Medical and sanitary report of the native army of Bengal for the year
Year: 1875
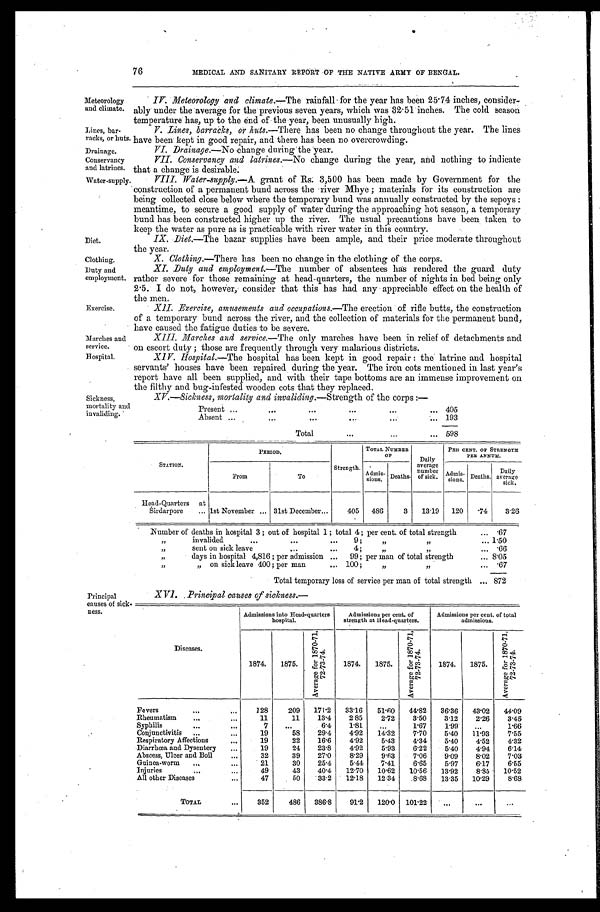
Meteorology
and climate.
Lines, bar
-
racks, or huts.
Drainage.
Conservancy
and latrines.
Water-supply.
Diet.
Clothing.
Duty and
employment.
Exercise.
Marches and
service.
Hospital.
XV.—Sickness, mortality and invaliding.— Strength of the corps:—
Present
.
.
.
405
Absent
.
.
. 193
Total . . . 598
Sickness,
mortality and
invaliding.
76
MEDICAL AND SANITARY REPORT OF THE NATIVE ARMY OF BENGAL.
IV. Meteorology and climate.— The rainfall for the year has been 25.74 inches, consider-
ably under the average for the previous seven years, which was 32.51 inches. The cold season
temperature has, up to the end of the year, been unusually high.
V. Lines, barracks, or huts .—There has been no change throughout the year. The lines
have been kept in good repair, and there has been no overcrowding.
VI. Drainage.— No Change during the year.
VII. Conservancy and latrines.— No change during the year, and nothing to indicate
that a change is desirable.
VIII. Water-supply .—A grant of Rs. 3,500 has been made by Government for the
construction of a permanent bund across the river Mhye; materials for its construction are
being collected close below where the temporary bund was annually constructed by the sepoys:
meantime, to secure a good supply of water during the approaching hot season, a temporary
bund has been constructed higher up the river. The usual precautions have been taken to
keep the water as pure as is practicable with river water in this country.
IX. Diet.— The bazar supplies have been ample, and their price moderate throughout
the year.
X. Clothing.— There has been no change in the clothing of the corps.
XI. Duty and employment.— The number of absentees has rendered the guard duty
rather severe for those remaining at head-quarters, the number of nights in bed being only
2.5. I do not, however, consider that this has had any appreciable effect on the health of
the men.
Xll. Exercise, amusements and occupations.— The erection of rifle butts, the construction
of a temporary bund across the river, and the collection of materials for the permanent bund,
have caused the fatigue duties to be severe.
XIII. Marches and service.— The only marches have been in relief of detachments and
on escort duty; those are frequently through very malarious districts.
XIV. Hospital.— The hospital has been kept in good repair: the latrine and hospital
servants' houses have been repaired during the year. The iron cots mentioned in last year's
report have all been supplied, and with their tape bottoms are an immense improvement on
the filthy and bug-infested wooden cots that they replaced.
STATION.
PERIOD.
Strength.
TOTAL NUMBER
O F
Daily
average n u m b e r o f s i c k .
PER CENT. OF STRENGTH
PER ANNUM.
From
To
Admis-
sions. Deaths.
Admis-
sions. Deaths.
Daily
average
sick.
Head-Quarters at
Sirdarpore . . . 1st November . . . 31st December . . .
405
486
3
13.19
120
.74
3.26
Number of deaths in hospital 3; out of hospital 1; total 4; per cent. of total strength . . .
. 6 7
" invalided . . . 9; " " . . .
1.50
" sent on sick leave . . .4; " " . . .
.66
" days in hospital 4,816; per admission . . . 99; per man of total strength . . .
8.05
" " on sick leave 400; per man . . .100;" " . . .
.67
Total temporary loss of service per man of total strength . . .
872
Principal
causes of sick.
ness.
XVI. Principal causes of sickness.—
Admissions into Head-quarters
hospital.
Admissions per cent. of
strength at Head-quarters.
Admissions per cent. of total
admissions.
Diseases.
1874.
1875.
A v e r a g e f o r 1 8 7 0 - 7 1 , 7 2 - 7 3 - 7 4 .
1874.
1875.
A v e r a g e f o r 1 8 7 0 - 7 1 , 7 2 - 7 3 - 7 4 .
1874.
1 8 7 5 .
A v e r a g e f o r 1 8 7 0 - 7 1 , 7 2 - 7 3 - 7 4 .
Fevers . . .
128
209
171.2
33.16
51.60
44.82
36.36
43.02
44.09
Rheumatism . . .
11
11
13.4
2.85
2.72
3.50
3.12
2.26
3.46
S y p h i l i s . . .
7
. . .
6.4
1.81
. . .
1.67
1.99
. . .
1.66
Conjunctivitis . . .
19
58
29.4
4.92
14.32
7.70
5.40
11.93
7.55
Respiratory Affections . . .
19
22
16.6
4.92
5.43
4.34
5.40
4.52
4.32
Diarrhœa and Dysentery . . .
19
24
23.8
4.92
5.93
6.22
5.40
4.94
6.14
Abscess, Ulcer and Boil . . .
32
39
27.0
8.29
9.63
7.06
9.09
8.02
7.03
Guinea-worm . . .
21
30
25.4
5.44
7.41
6.65
5.97
6.17
6.55
Injuries . . .
49
43
40.4
12.70
10.62
10.56
13.92
8.85
10.52
All other Diseases . . .
47
50
33.2
12.18
12.34
8.68
13.35
10.29
8.68
TOTAL
. . .
352
486
386.8
91.2
120.0
101.22
. . .
. . .
. . .